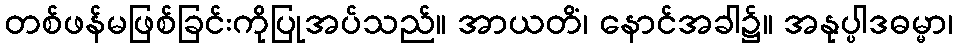
တစ်ဖန်မဖြစ်ခြင်းကိုပြုအပ်သည်။ အာယတိံ၊ နောင်အခါ၌။ အနုပ္ပါဒဓမ္မာ၊